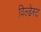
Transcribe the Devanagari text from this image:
विल्डेस्ट